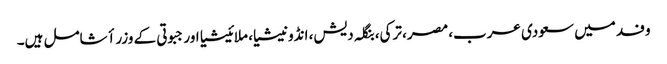
وفد میں سعودی عرب، مصر، ترکی، بنگلہ دیش، انڈونیشیا، ملائیشیا اور جبوتی کے وزراٴ شامل ہیں۔